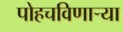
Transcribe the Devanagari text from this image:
पोहचविणाऱ्या